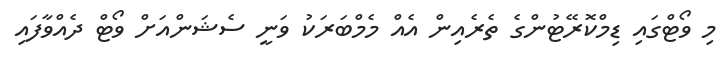
މި ވޯޓްގައި ޑިމްކޮރޭޓުންގެ ތެރެއިން އެއް މެމްބަރަކު ވަނީ ސެޝަންއަށް ވޯޓް ދެއްވާފައި